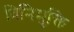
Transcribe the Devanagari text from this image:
विनिमुक्ति